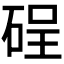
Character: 𱴇